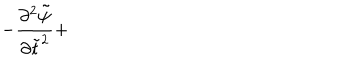
- \displaystyle \frac { \partial ^ { 2 } { \tilde { \psi } } } { \partial { \tilde { t } } ^ { 2 } } +